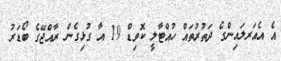
އެ އެއަރލައިންގެ ދަތުރުތައް ހުއްޓާލީ ކޮވިޑް 19 އާ ގުޅިގެން ރާއްޖޭގެ ބޯޑަރު